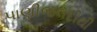
પાણીજલદીથી